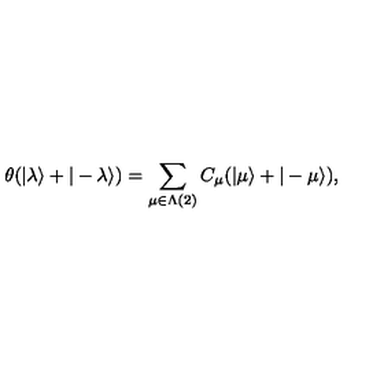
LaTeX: \theta ( | \lambda \rangle + | - \lambda \rangle ) = \sum _ { \mu \in \Lambda ( 2 ) } C _ { \mu } ( | \mu \rangle + | - \mu \rangle ) ,